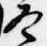
冬